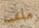
ملف